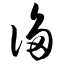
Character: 诌